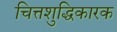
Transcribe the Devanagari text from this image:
चित्तशुद्धिकारक